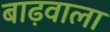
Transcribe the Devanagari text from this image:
बाढ़वाला